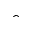
\hat { }